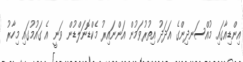
އިންޑިއާގައި މުއްސަނދިންގެ އަދަދު އިތުރުވަމުން އަންނައިރު މެކްޑޮނަލްޑުން ވަނީ އެ ގައުމުގައި މިހާރު